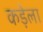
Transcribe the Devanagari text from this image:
कड़ेला